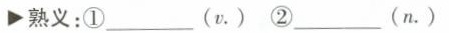
熟义:①___ (v.) ②___ (n.)